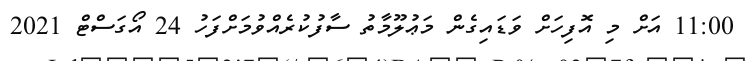
11:00 އަށް މި އޮފިހަށް ވަޑައިގެން މަޢުލޫމާތު ސާފުކުރެއްވުމަށްފަހު 24 އޯގަސްޓް 2021